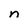
Character: n